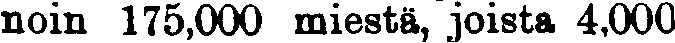
noin 175,000 miestä, joista 4,000